Insane asylums in Bengal annual reports 1867-1875 - 1867-1875
Year: 1867
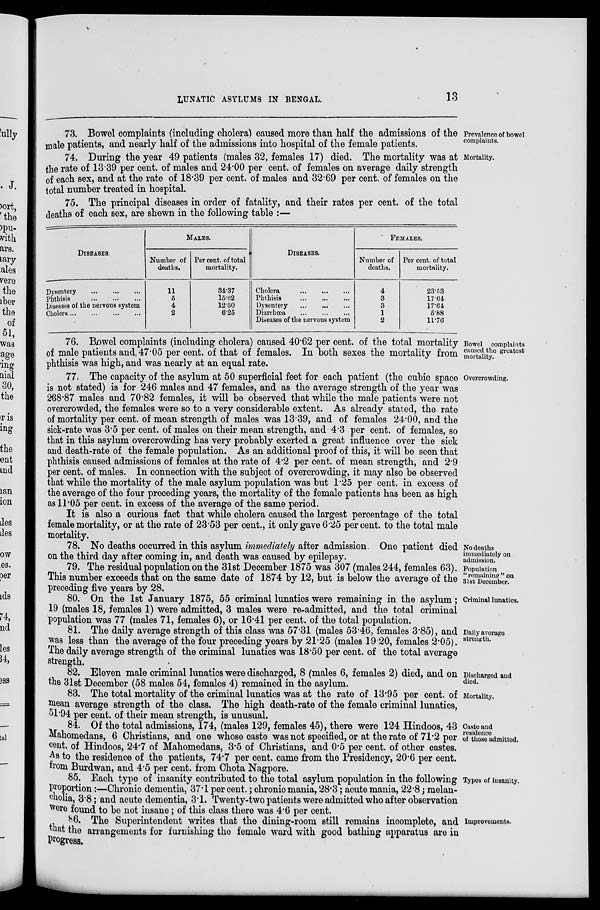
LUNATIC ASYLUMS IN BENGAL.
13
Prevalence of bowel
complaints.
73. Bowel complaints (including cholera) caused more than half the admissions of the
male patients, and nearly half of the admissions into hospital of the female patients.
Mortality.
74. During the year 49 patients (males 32, females 17) died. The mortality was at
the rate of 13.39 per cent. of males and 24.00 per cent. of females on average daily strength
of each sex, and at the rate of 18.39 per cent. of males and 32.69 per cent. of females on the
total number treated in hospital.
75. The principal diseases in order of fatality, and their rates per cent. of the total
deaths of each sex, are shown in the following table :—
DISEASES.
Dysentery
...
...
...
Phthisis
...
...
...
Diseases of the nervous system
Cholera
...
...
...
...
MALES.
Number of
deaths.
11
5
4
2
Per cent. of total
mortality.
34.37
15.62
12.50
6.25
DISEASES.
Cholera
...
...
...
Phthisis
...
...
...
Dysentery
...
...
...
Diarrhœa ... ... ...
Diseases of the nervous system
FEMALES.
Number of
deaths.
4
3
3
1
2
Per cent. of total
mortality.
23.53
17.64
17.64
5.88
11.76
Bowel complaints
caused the greatest
mortality.
76. Bowel complaints (including cholera) caused 40.62 per cent. of the total mortality
of male patients and, 47.05 per cent. of that of females. In both sexes the mortality from
phthisis was high, and was nearly at an equal rate.
Overcrowding.
77. The capacity of the asylum at 50 superficial feet for each patient (the cubic space
is not stated) is for 246 males and 47 females, and as the average strength of the year was
238.87 males and 70.82 females, it will be observed that while the male patients were not
overcrowded, the females were so to a very considerable extent. As already stated, the rate
of mortality per cent. of mean strength of males was 13.39, and of females 24.00, and the
sick-rate was 3.5 per cent. of males on their mean strength, and 4.3 per cent. of females, so
that in this asylum overcrowding has very probably exerted a great influence over the sick
and death-rate of the female population. As an additional proof of this, it will be seen that
phthisis caused admissions of females at the rate of 4.2 per cent. of mean strength, and 2.9
per cent. of males. In connection with the subject of overcrowding, it may also be observed
that while the mortality of the male asylum population was but 1.25 per cent. in excess of
the average of the four preceding years, the mortality of the female patients has been as high
as 11.05 per cent. in excess of the average of the same period.
It is also a curious fact that while cholera caused the largest percentage of the total
female mortality, or at the rate of 23.53 per cent., it only gave 6.25 per cent. to the total male
mortality.
No deaths
immediately on
admission.
78. No deaths occurred in this asylum immediately after admission. One patient died
on the third day after coming in, and death was caused by epilepsy.
Population
" remaining " on
31st December.
79. The residual population on the 31st December 1875 was 307 (males 244, females 63).
This number exceeds that on the same date of 1874 by 12, but is below the average of the
preceding five years by 28.
Criminal lunatics.
80. On the 1st January 1875, 55 criminal lunatics were remaining in the asylum;
19 (males 18, females 1) were admitted, 3 males were re-admitted, and the total criminal
population was 77 (males 71, females 6), or 16.41 per cent. of the total population.
Daily average
strength.
81. The daily average strength of this class was 57.31 (males 53.46, females 3.85), and
was less than the average of the four preceding years by 21.25 (males 19.20, females 2.05).
The daily average strength of the criminal lunatics was 18.50 per cent. of the total average
strength.
Discharged and
died.
82. Eleven male criminal lunatics were discharged, 8 (males 6, females 2) died, and on
the 31st December (58 males 54, females 4) remained in the asylum.
Mortality.
83. The total mortality of the criminal lunatics was at the rate of 13.95 per cent. of
mean average strength of the class. The high death-rate of the female criminal lunatics,
51.94 per cent. of their mean strength, is unusual.
Caste and
residence
of those admitted.
Types of insanity.
Improvements.
84. Of the total admissions, 174, (males 129, females 45), there were 124 Hindoos, 43
Mahomedans, 6 Christians, and one whose caste was not specified, or at the rate of 71.2 per
cent. of Hindoos, 24.7 of Mahomedans, 3.5 of Christians, and 0.5 per cent. of other castes.
As to the residence of the patients, 74.7 per cent. came from the Presidency, 20.6 per cent.
from Burdwan, and 4.5 per cent. from Chota Nagpore.
85. Each type of insanity contributed to the total asylum population in the following
proportion:—Chronic dementia, 37.1 per cent.; chronic mania, 28.3; acute mania, 22.8; melan-
cholia, 3.8; and acute dementia, 3.1. Twenty-two patients were admitted who after observation
were found to be not insane; of this class there was 4.6 per cent.
86. The Superintendent writes that the dining-room still remains incomplete, and
that the arrangements for furnishing the female ward with good bathing apparatus are in